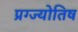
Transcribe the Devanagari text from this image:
प्रग्ज्योतिष